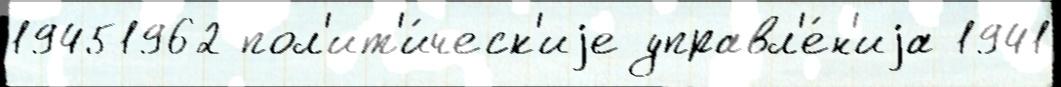
19451962 пол'ит'и́ческ'иjе управл'е́н'иjа 1941